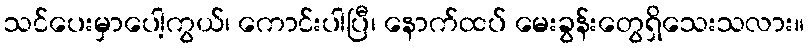
သင်ပေးမှာပေါ့ကွယ်၊ ကောင်းပါပြီ၊ နောက်ထပ် မေးခွန်းတွေရှိသေးသလား။